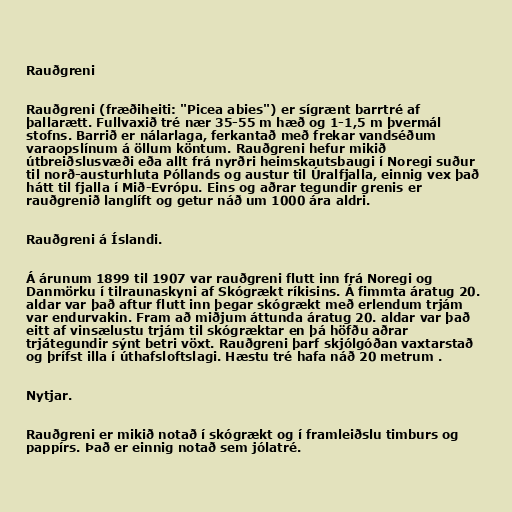
Rauðgreni

Rauðgreni (fræðiheiti: "Picea abies") er sígrænt barrtré af
þallarætt. Fullvaxið tré nær 35-55 m hæð og 1-1,5 m þvermál
stofns. Barrið er nálarlaga, ferkantað með frekar vandséðum
varaopslínum á öllum köntum. Rauðgreni hefur mikið
útbreiðslusvæði eða allt frá nyrðri heimskautsbaugi í Noregi suður
til norð-austurhluta Póllands og austur til Úralfjalla, einnig vex það
hátt til fjalla í Mið-Evrópu. Eins og aðrar tegundir grenis er
rauðgrenið langlíft og getur náð um 1000 ára aldri.

Rauðgreni á Íslandi.

Á árunum 1899 til 1907 var rauðgreni flutt inn frá Noregi og
Danmörku í tilraunaskyni af Skógrækt ríkisins. Á fimmta áratug 20.
aldar var það aftur flutt inn þegar skógrækt með erlendum trjám
var endurvakin. Fram að miðjum áttunda áratug 20. aldar var það
eitt af vinsælustu trjám til skógræktar en þá höfðu aðrar
trjátegundir sýnt betri vöxt. Rauðgreni þarf skjólgóðan vaxtarstað
og þrífst illa í úthafsloftslagi. Hæstu tré hafa náð 20 metrum .

Nytjar.

Rauðgreni er mikið notað í skógrækt og í framleiðslu timburs og
pappírs. Það er einnig notað sem jólatré.